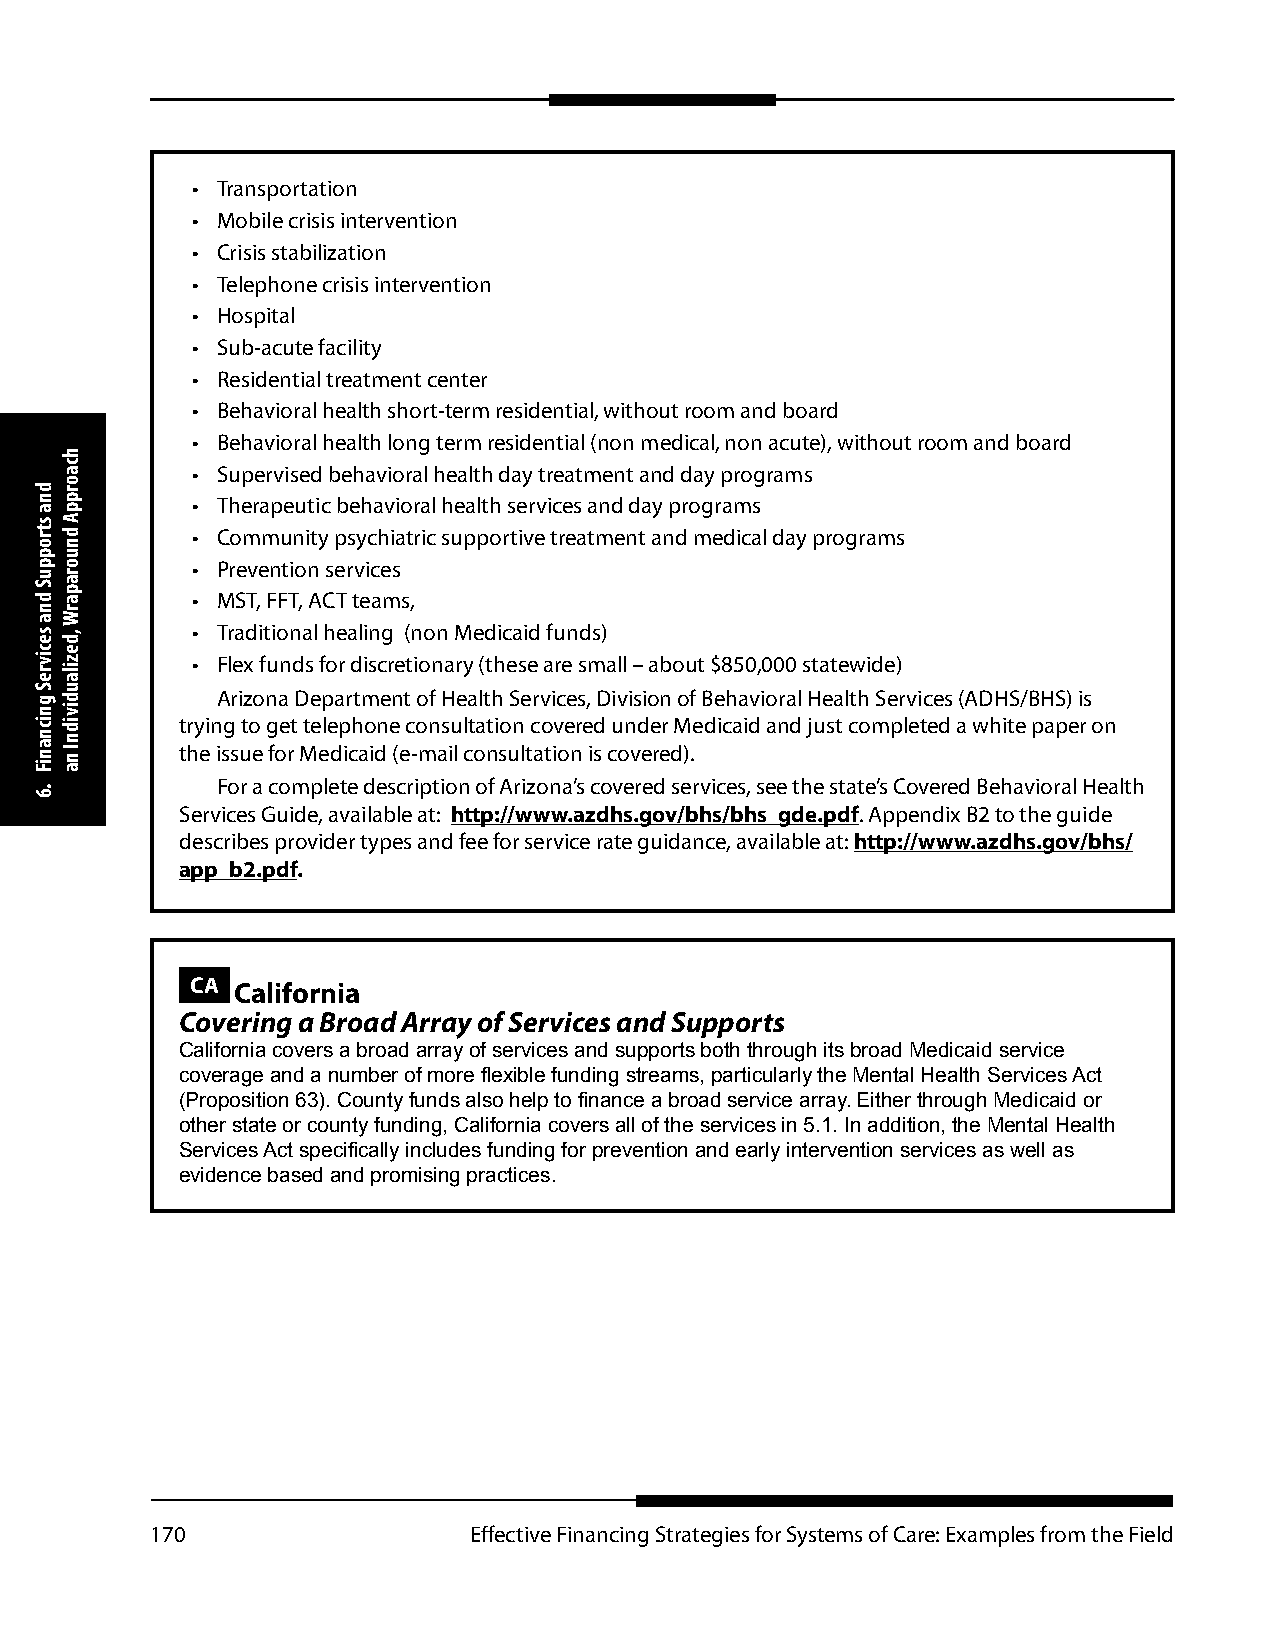
• Transportation
 • Mobile crisis intervention
 • Crisis stabilization
 • Telephone crisis intervention
 • Hospital
 • Sub-acute facility
 • Residential treatment center
 • Behavioral health short-term residential, without room and board
 • Behavioral health long term residential (non medical, non acute), without room and board
 • Supervised behavioral health day treatment and day programs
 • Therapeutic behavioral health services and day programs
 • Community psychiatric supportive treatment and medical day programs
 • Prevention services
 • MST, FFT, ACT teams,
 • Traditional healing (non Medicaid funds)
 • Flex funds for discretionary (these are small – about $850,000 statewide)
 Arizona Department of Health Services, Division of Behavioral Health Services (ADHS/BHS) is
 trying to get telephone consultation covered under Medicaid and just completed a white paper on
 the issue for Medicaid (e-mail consultation is covered).
 For a complete description of Arizona’s covered services, see the state’s Covered Behavioral Health
 Services Guide, available at: http://www.azdhs.gov/bhs/bhs_gde.pdf. Appendix B2 to the guide
 describes provider types and fee for service rate guidance, available at: http://www.azdhs.gov/bhs/
 app_b2.pdf.
 CA California
 Covering a Broad Array of Services and Supports
 California covers a broad array of services and supports both through its broad Medicaid service
 coverage and a number of more flexible funding streams, particularly the Mental Health Services Act
 (Proposition 63). County funds also help to finance a broad service array. Either through Medicaid or
 other state or county funding, California covers all of the services in 5.1. In addition, the Mental Health
 Services Act specifically includes funding for prevention and early intervention services as well as
 evidence based and promising practices.
 170                  Effective Financing Strategies for Systems of Care: Examples from the Field
 dna
 stroppuS
 dna
 secivreS
 gnicnaniF
 .6
 hcaorppA
 dnuoraparW
 ,dezilaudividnI
 na